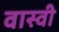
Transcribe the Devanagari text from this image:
वास्वी